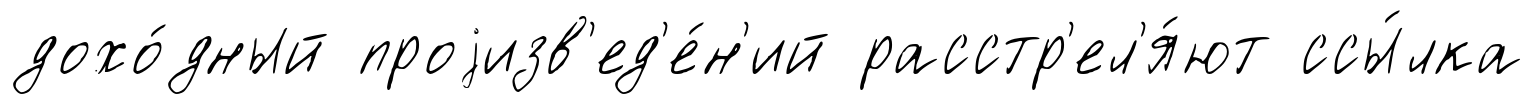
дохо́дный проjизв'ед'е́н'ий расстр'ел'я́ют ссы́лка